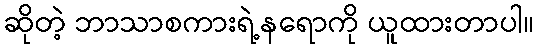
ဆိုတဲ့ ဘာသာစကားရဲ့နရောကို ယူထားတာပါ။